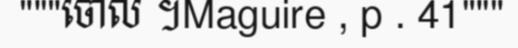
"""ចោល ។Maguire , p . 41"""